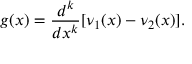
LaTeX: g ( x ) = \frac { d ^ { k } } { d x ^ { k } } [ \nu _ { 1 } ( x ) - \nu _ { 2 } ( x ) ] .